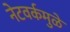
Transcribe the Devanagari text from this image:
नेटवर्कमुळे